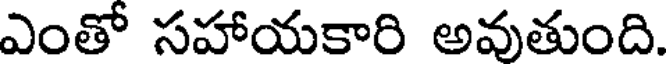
ఎంతో సహాయకారి అవుతుంది.